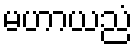
မဟာယညံ